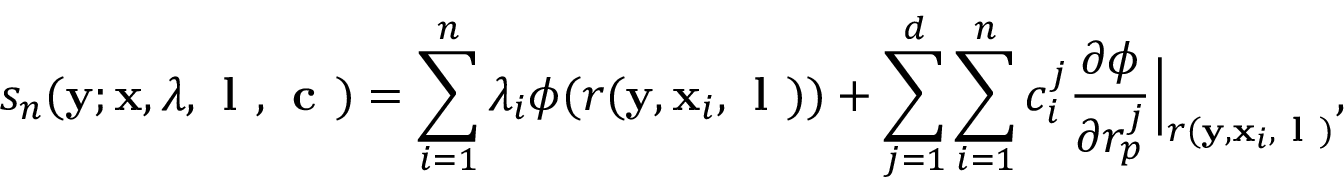
s _ { n } ( \ensuremath { \mathbf { y } } ; \ensuremath { \mathbf { x } } , \boldsymbol { \lambda } , \textbf { l } , \textbf { c } ) = \sum _ { i = 1 } ^ { n } \lambda _ { i } \phi ( r ( \ensuremath { \mathbf { y } } , \ensuremath { \mathbf { x } } _ { i } , \textbf { l } ) ) + \sum _ { j = 1 } ^ { d } \sum _ { i = 1 } ^ { n } c _ { i } ^ { j } \ensuremath { \frac { \partial \phi } { \partial r _ { p } ^ { j } } } \Bigr | _ { r ( \ensuremath { \mathbf { y } } , \ensuremath { \mathbf { x } } _ { i } , \textbf { l } ) } ,